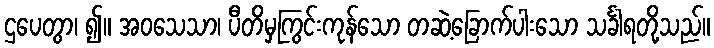
ဌပေတွာ၊ ၍။ အဝသေသာ၊ ပီတိမှကြွင်းကုန်သော တဆဲ့ခြောက်ပါးသော သင်္ခါရတို့သည်။